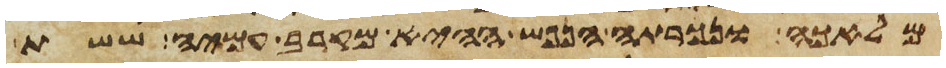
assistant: מלאכה ונכרתה הנפש ההיא מקרב עמיה ששת